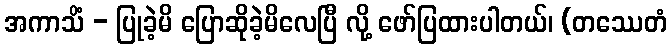
အကာသိံ - ပြုခဲ့မိ ပြောဆိုခဲ့မိလေပြီ လို့ ဖော်ပြထားပါတယ်၊ (တဿေတံ